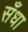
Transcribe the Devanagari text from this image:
सँधा